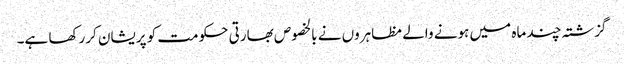
گزشتہ چند ماہ میں ہونے والے مظاہروں نے بالخصوص بھارتی حکومت کو پریشان کررکھا ہے۔